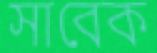
সাবেক